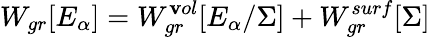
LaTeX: W_{gr}[E_{\alpha}]=W_{gr}^{\mathbf{v}ol}[E_{\alpha}/\Sigma]+W_{gr}^{surf}[\Sigma]